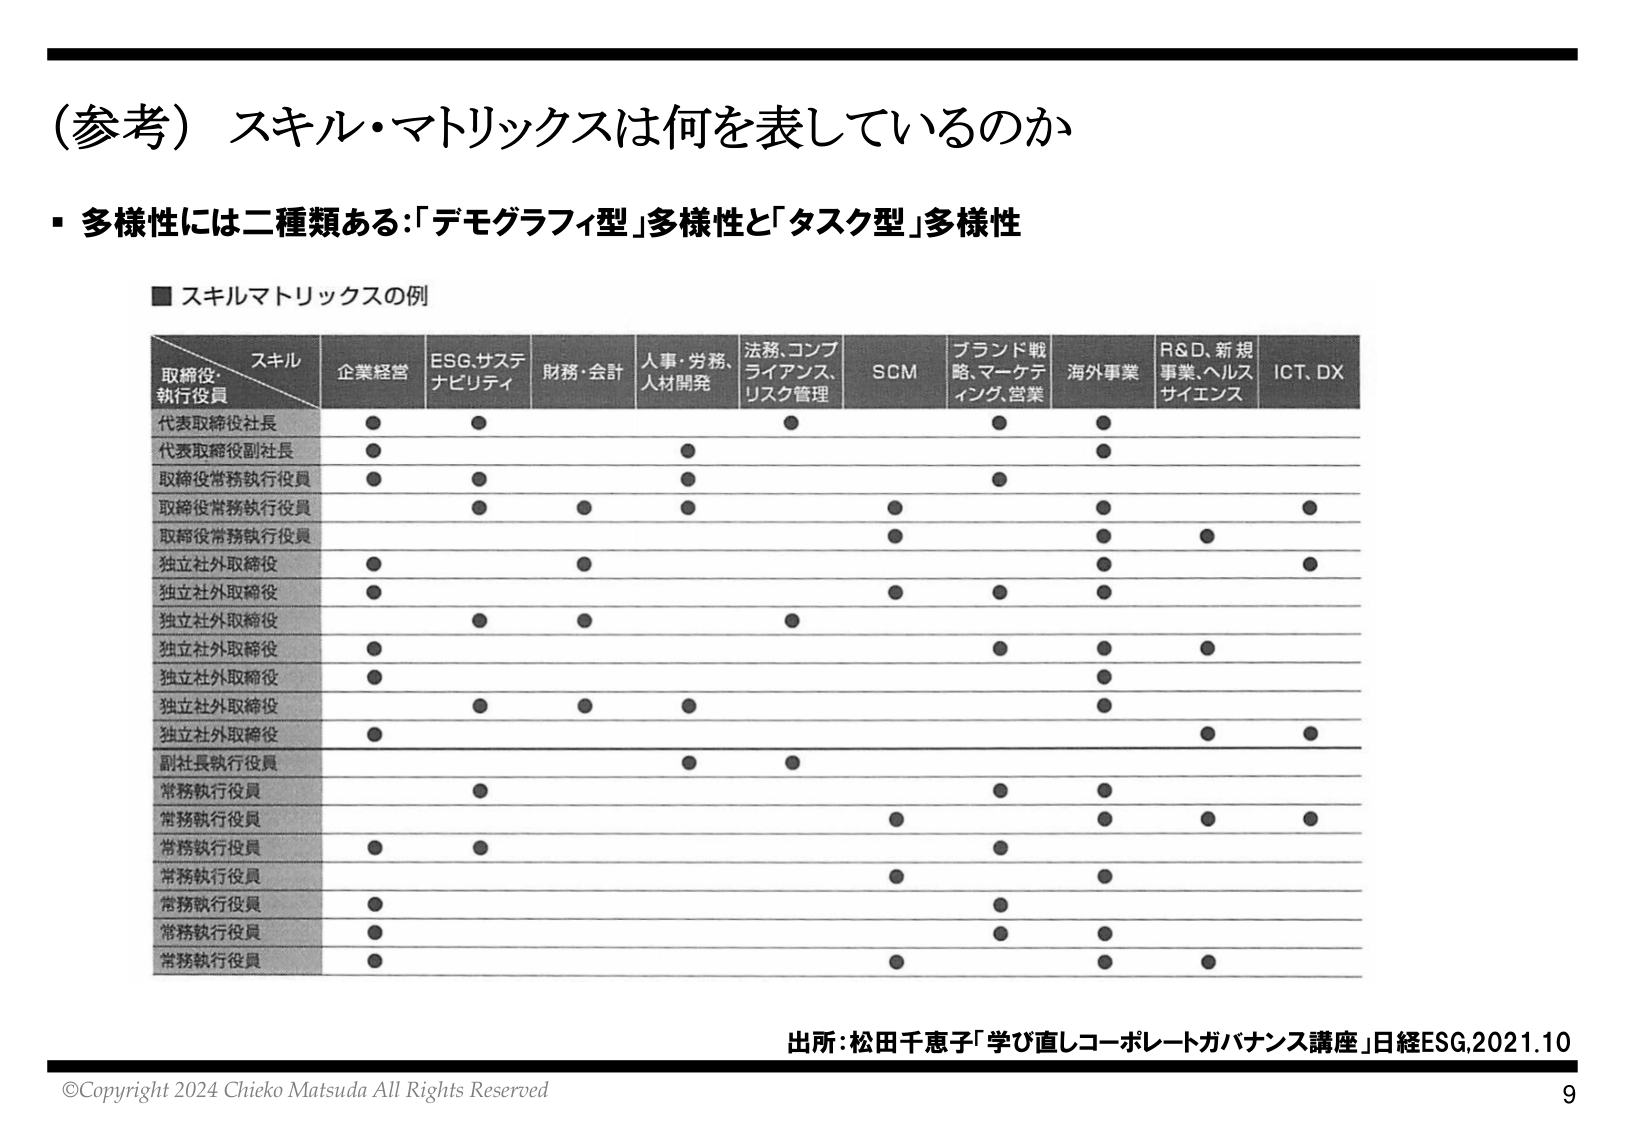
（参考）スキル・マトリックスは何を表しているのか

・多様性には二種類ある：「デモグラフィ型」多様性と「タスク型」多様性

■ スキルマトリックスの例

スキル
取締役・
執行役員

企業経営
ESG、サステナビリティ
財務・会計
人事・労務、人材開発
法務、コンプライアンス、リスク管理
SCM
ブランド戦略、マーケティング、営業
海外事業
R&D、新規事業、ヘルスサイエンス
ICT、DX

代表取締役社長
● ● ● ● ●

代表取締役副社長
● ● ●

取締役常務執行役員
● ● ● ● ●

取締役常務執行役員
● ● ● ● ●

取締役常務執行役員
● ● ● ● ●

独立社外取締役
● ● ● ●

独立社外取締役
● ● ● ●

独立社外取締役
● ● ● ●

独立社外取締役
● ● ● ●

独立社外取締役
● ● ● ●

独立社外取締役
● ● ● ●

独立社外取締役
● ● ● ●

副社長執行役員
● ● ●

常務執行役員
● ● ●

常務執行役員
● ● ● ●

常務執行役員
● ● ● ●

常務執行役員
● ● ●

常務執行役員
● ● ●

常務執行役員
● ● ●

常務執行役員
● ● ●

出所：松田千恵子「学び直しコーポレートガバナンス講座」日経ESG,2021.10

©Copyright 2024 Chieko Matsuda All Rights Reserved

9